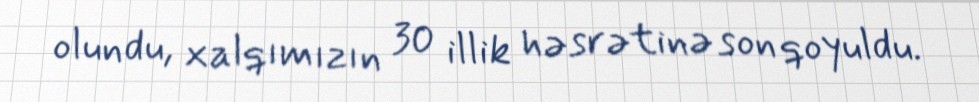
olundu, xalqımızın 30 illik həsrətinə son qoyuldu.